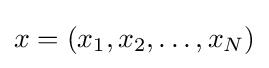
x=\left(x_{1},x_{2},\ldots ,x_{N}\right)